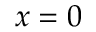
x = 0